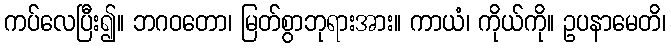
ကပ်လေပြီး၍။ ဘဂဝတော၊ မြတ်စွာဘုရားအား။ ကာယံ၊ ကိုယ်ကို။ ဥပနာမေတိ၊